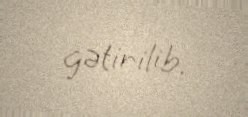
gətirilib.